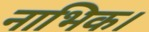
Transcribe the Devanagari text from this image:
नाभिक।